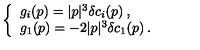
\left\{ \begin{array} { l } { g _ { i } ( p ) = | p | ^ { 3 } \delta c _ { i } ( p ) \: , } \\ { g _ { 1 } ( p ) = - 2 | p | ^ { 3 } \delta c _ { 1 } ( p ) \: . } \\ \end{array} \right.